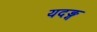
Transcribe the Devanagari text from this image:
यदङ्ग